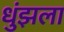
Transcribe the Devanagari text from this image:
धुंझला